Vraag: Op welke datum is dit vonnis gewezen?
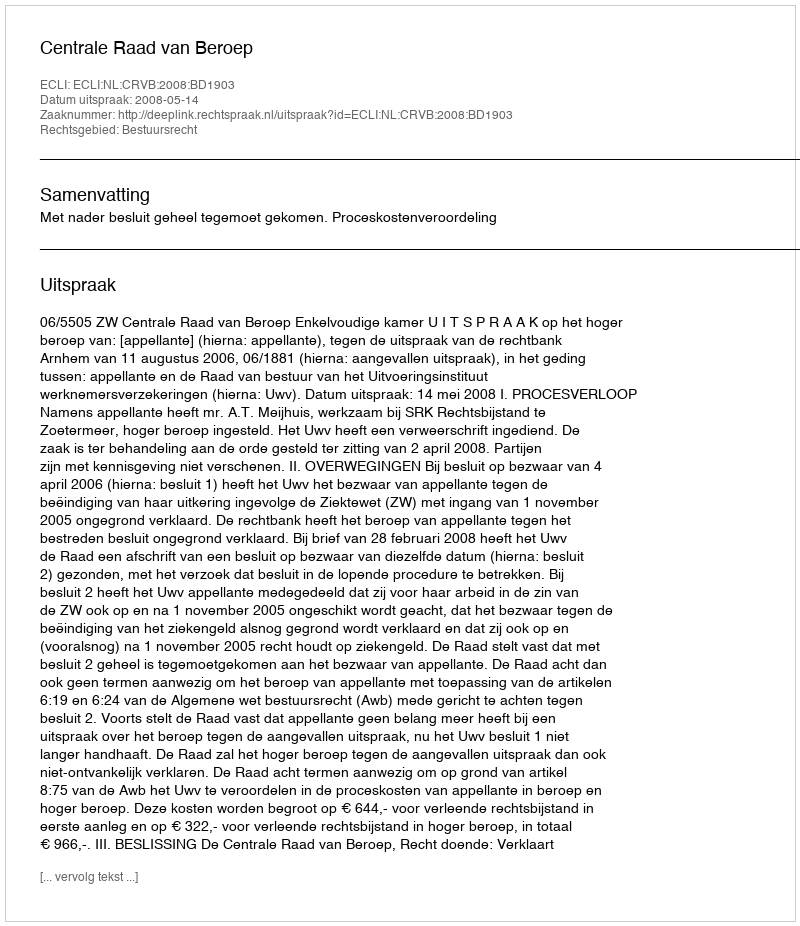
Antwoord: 2008-05-14